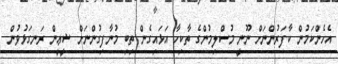
އެހެންކަމުން ކާފަރުންނަށް ނޫނީ މުސްލިމުންގެ ތާކިހާ އަޅައިގެން ތިބި މުނާފިގުންނަށް ޝީޢީން ރަނގަޅުވުން